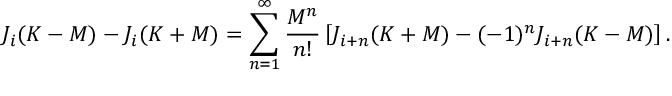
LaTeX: J _ { i } ( K - M ) - J _ { i } ( K + M ) = \sum _ { n = 1 } ^ { \infty } \frac { M ^ { n } } { n ! } \left[ J _ { i + n } ( K + M ) - ( - 1 ) ^ { n } J _ { i + n } ( K - M ) \right] .